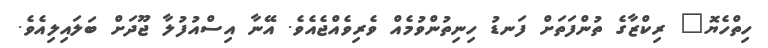
ހިތްހެޔޮ" ރިކްޒާގެ ތުންފަތަށް ފަނޑު ހިނިތުންވުމެއް ވެރިވެއްޖެއެވެ. އޭނާ އިސްއުފުލާ ޖޫދަށް ބަލައިލިއެވެ.